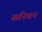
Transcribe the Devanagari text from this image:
सरिवन